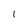
Character: l